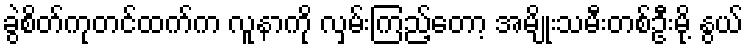
ခွဲစိတ်ကုတင်ထက်က လူနာကို လှမ်းကြည့်တော့ အမျိုးသမီးတစ်ဦးမို့ နွယ်